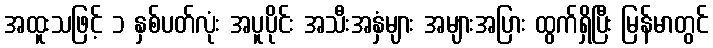
အထူးသဖြင့် ၁ နှစ်ပတ်လုံး အပူပိုင်း အသီးအနှံများ အများအပြား ထွက်ရှိပြီး မြန်မာတွင်